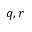
q , r